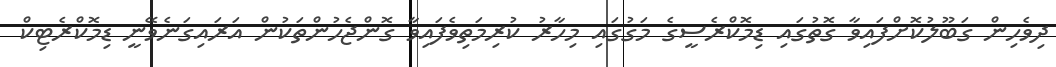
ދިވެހިން ގަބޫލުކޮށްފައިވާ ގޮތުގައި ޑިމޮކްރެސީގެ މަގުގައި މިހާރު ކުރިމަތިވެފައިވާ ގޮންޖެހުންތަކުން އަރައިގަނެވޭނީ ޑިމޮކްރެޓިކް